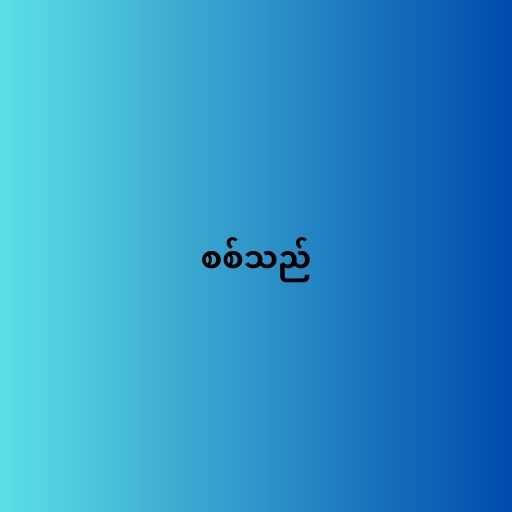
စစ်သည်